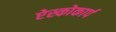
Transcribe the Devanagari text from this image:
ऐस्कोकार्प